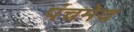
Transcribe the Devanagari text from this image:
पंचमेय